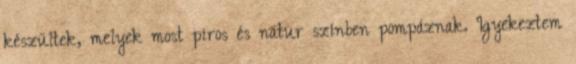
készültek, melyek most piros és natur színben pompáznak. Igyekeztem